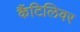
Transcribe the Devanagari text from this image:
कैंटिलिवर